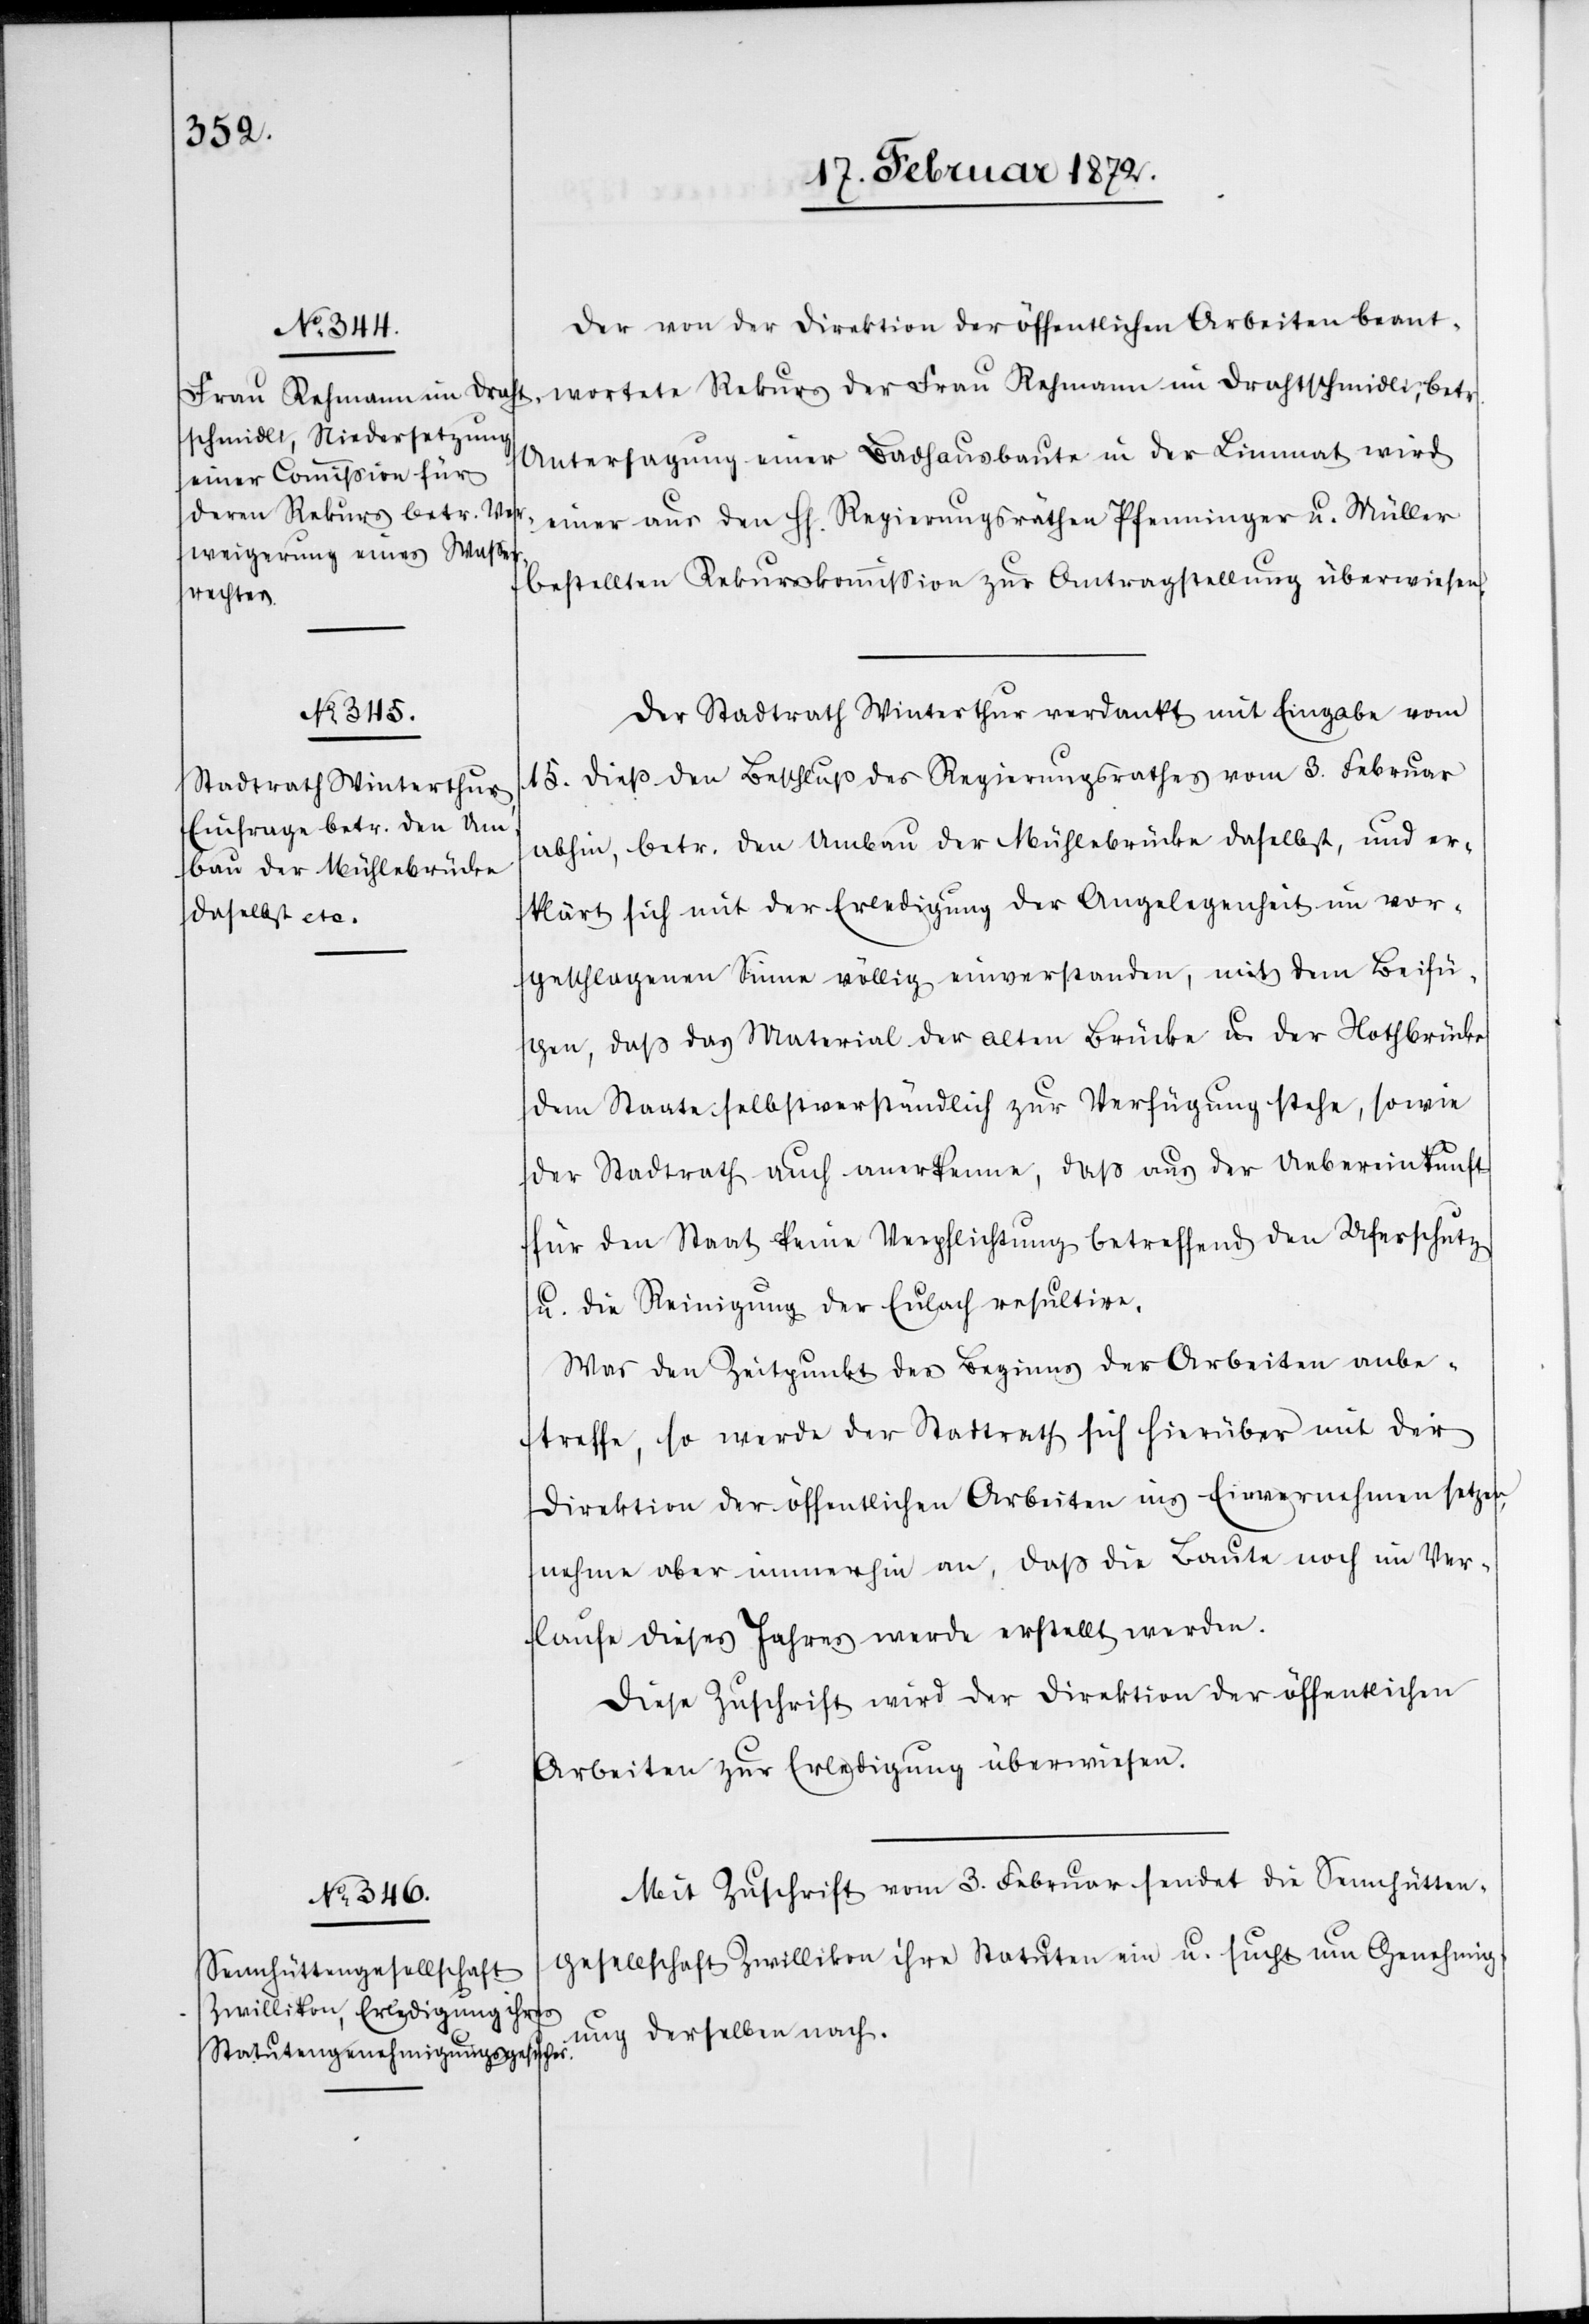
Der von der Direktion der öffentlichen Arbeiten beant¬
Untersagung einer Badhausbaute in der Limmat wird
einer aus den HH. Regierungsräthen Pfenninger u. Müller
bestellten Rekurskommission zur Antragstellung überwiesen.
wortete
Der Stadtrath Winterthur verdankt mit Eingabe vom
15. dieß den Beschluß des Regierungsrathes vom 3. Februar
abhin, betr. den Umbau der Mühlebrücke daselbst, und er¬
klärt sich mit der Erledigung der Angelegenheit im vor¬
geschlagenen Sinne völlig einverstanden, mit dem Beifü¬
gen, daß das Material der alten Brücke u. der Nothbrücke
dem Staate selbstverständlich zur Verfügung stehe, sowie
der Stadtrath auch anerkenne, daß aus der Uebereinkunft
für den Staat keine Verpflichtung betreffend den Uferschutz
u. die Reinigung der Eulach resultire.
Was den Zeitpunkt des Beginns der Arbeiten anbe¬
treffe, so werde der Stadtrath sich hierüber mit der
Direktion der öffentlichen Arbeiten ins Einvernehmen setzen,
nehme aber immerhin an, daß die Baute noch im Ver¬
laufe dieses Jahres werde erstellt werden
Diese Zuschrift wird der Direktion der öffentlichen
Arbeiten zur Erledigung überwiesen.
Mit Zuschrift vom 3. Februar sendet die Sennhütten¬
gesellschaft Zwillikon ihre Statuten ein u. sucht um Genehmig¬
ung derselben nach.